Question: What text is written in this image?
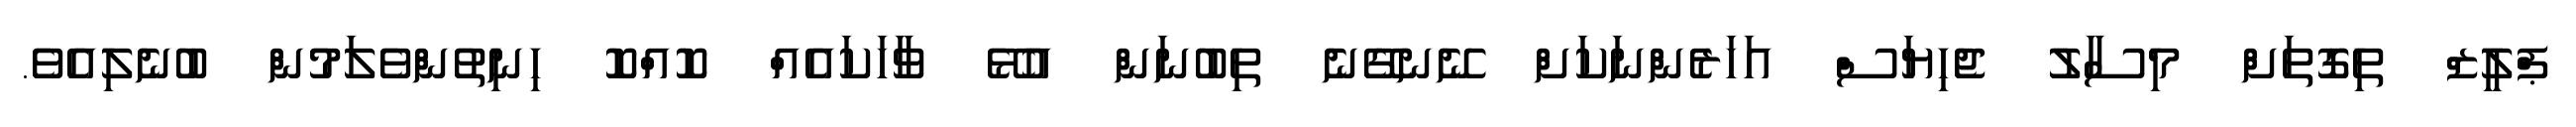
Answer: ޕްލީޒް ތިގޮތަށް މިސާލު ޖެހިޔަސް އަހަރެންނަކަށް ނޭނގޭނެ ތިބުނަން އުޅޭ ވާހަކައެއް ކޮއްކޮ ހިނިތުންވެލަމުން ބުނެލިއެވެ.